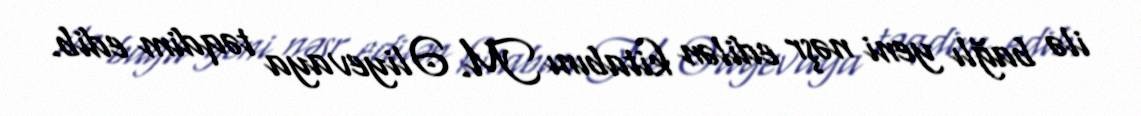
ilə bağlı yeni nəşr edilən kitabını M. Əliyevaya təqdim edib.